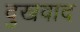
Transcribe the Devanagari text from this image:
दुखवाद